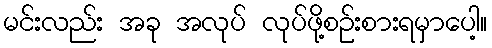
မင်းလည်း အခု အလုပ် လုပ်ဖို့စဉ်းစားရမှာပေါ့။